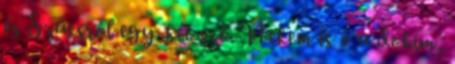
és Szűcsről egy-két szó. Nekem is ő a dokim,